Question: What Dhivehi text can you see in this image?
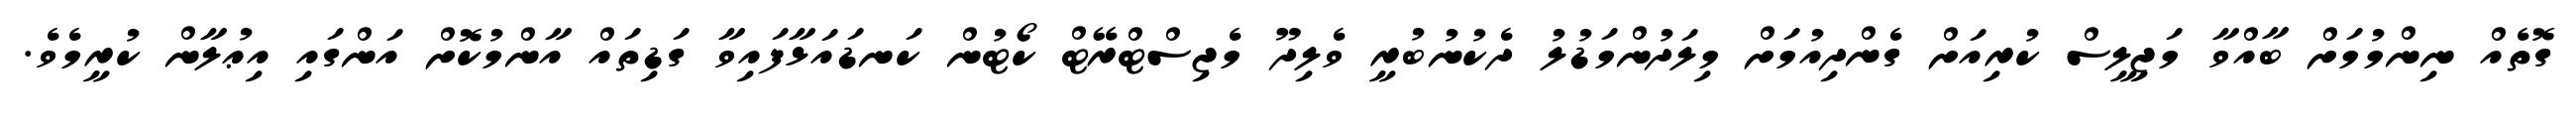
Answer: ގޮތެއް ނިންމުމަށް ބާއްވާ މަޖިލީސް ކުރިއަށް ގެންދިއުމަށް މިލަދުންމަޑުލު ދެކުނުބުރީ ވެލިދޫ މެޖިސްޓްރޭޓް ކޯޓުން ކަނޑައަޅާފައިވާ ގަޑިތައް އާންމުކޮށް އަންގައި އިޢުލާން ކުރީމެވެ.